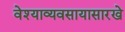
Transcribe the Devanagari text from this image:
वेश्याव्यवसायासारखे